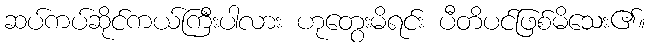
ဆပ်ကပ်ဆိုင်ကယ်ကြီးပါလား ဟုတွေးမိရင်း ပီတိပင်ဖြစ်မိသေး၏။